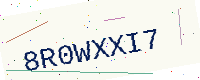
Text: 8R0WXXI7